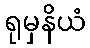
ရုမှနိယံ